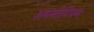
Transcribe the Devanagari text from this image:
अममोनियम